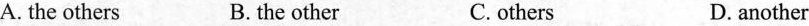
A. the others B. the other C.others D. another